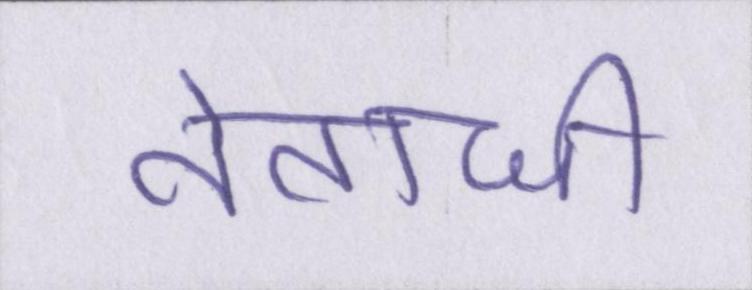
नेताजी